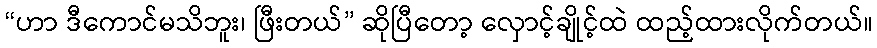
“ဟာ ဒီကောင်မသိဘူး၊ ဖြီးတယ်” ဆိုပြီတော့ လှောင့်ချိုင့်ထဲ ထည့်ထားလိုက်တယ်။